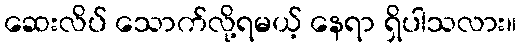
ဆေးလိပ် သောက်လို့ရမယ့် နေရာ ရှိပါသလား။